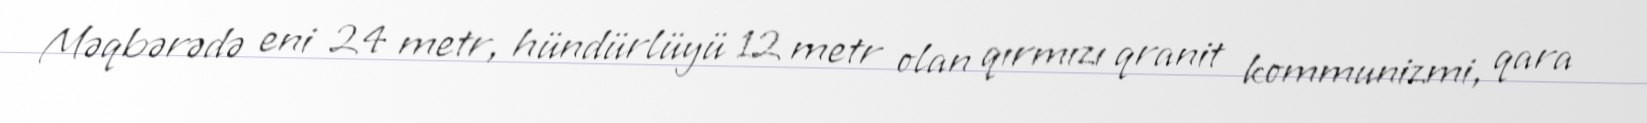
Məqbərədə eni 24 metr, hündürlüyü 12 metr olan qırmızı qranit kommunizmi, qara